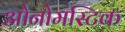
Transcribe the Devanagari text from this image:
ओनोमस्टिक